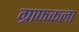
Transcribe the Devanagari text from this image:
ग्राफकला